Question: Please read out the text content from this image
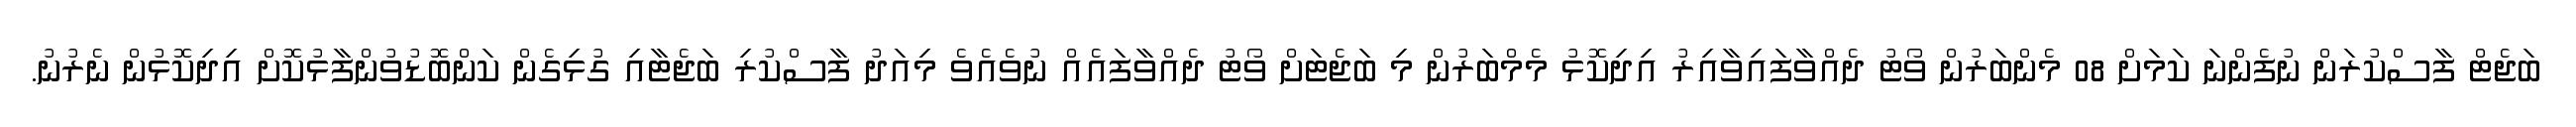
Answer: ބަޖެޓް ފާސްކުރަން ނުފެންނަ ކަމަށް 08 މެންބަރުން ވޯޓު ދެއްވާފައިވާއިރު އިދިކޮޅު މެމްބަރުން މި ބަޖެޓަށް ވޯޓު ދެއްވާފައެއް ނުވެއެވެ މިއަދު ފާސްކުރި ބަޖެޓާއި ގުޅިގެން ކަންބޮޑުވުންފާޅުކޮށް އިދިކޮޅުން ނެރުނު.